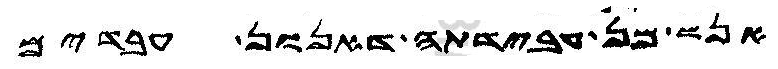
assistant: אנש מן עבידתה דאנון עבדים